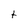
Character: t